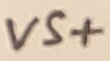
Text: VS+